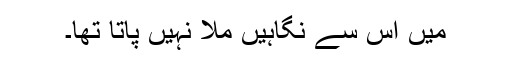
میں اس سے نگاہیں ملا نہیں پاتا تھا۔